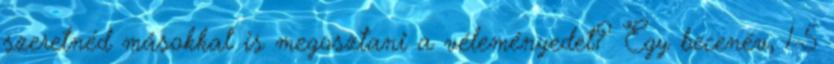
szeretnéd másokkal is megosztani a véleményedet? Egy becenév, 1-5